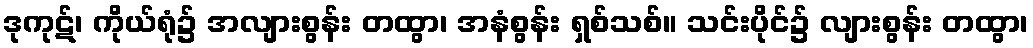
ဒုကုဋ်၊ ကိုယ်ရုံ၌ အလျားစွန်း တထွာ၊ အနံစွန်း ရှစ်သစ်။ သင်းပိုင်၌ လျားစွန်း တထွာ၊